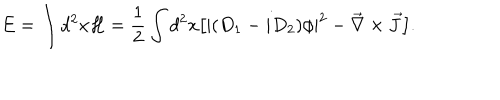
E = \int d ^ { 2 } x { \cal H } = { \frac { 1 } { 2 } } \int d ^ { 2 } x \big [ | ( D _ { 1 } - i D _ { 2 } ) \phi | ^ { 2 } - { \vec { \nabla } \times \vec { J } } \big ] .